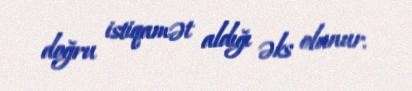
doğru istiqamət aldığı əks olunur.